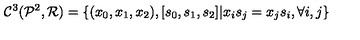
{ { \mathcal C } ^ { 3 } } ( { { \mathcal P } ^ { 2 } } , { \mathcal R } ) = \{ ( { x _ { 0 } } , { x _ { 1 } } , { x _ { 2 } } ) , [ { s _ { 0 } } , { s _ { 1 } } , { s _ { 2 } } ] \vert { x _ { i } } { s _ { j } } = { x _ { j } } { s _ { i } } , \forall i , j \}